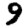
Digit: 9